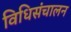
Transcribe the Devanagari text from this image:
विधिसंचालन